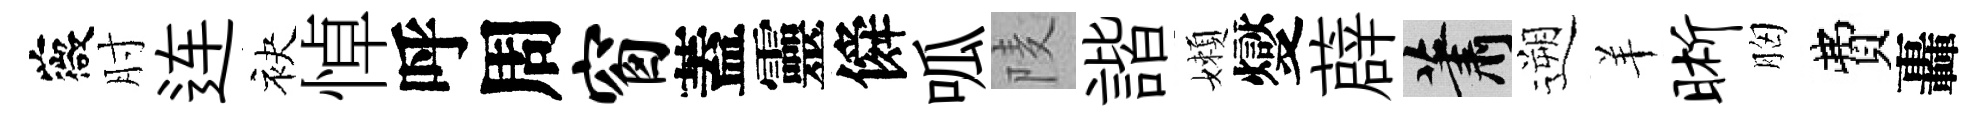
薇肘连袂悼呼周窗蓋靈僢呱𨹧諧嬾燮薜蕭遡羊晰胸費轟